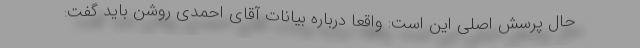
حال پرسش اصلی این است: واقعا درباره بیانات آقای احمدی روشن باید گفت: